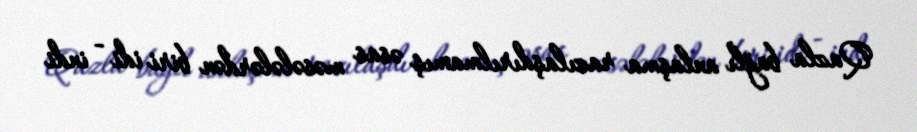
Qazla bağlı anlaşma razılaşdırılmamış əsas məsələlərdən biri idi - indi